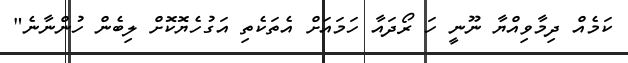
ކަމެއް ދިމާވިއްޔާ ނޫނީ ހަ ރޯދައާ ހަމައަށް އެތަކެތި އަގުހެޔޮކޮށް ލިބެން ހުންނާނެ"